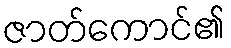
ဇာတ်ကောင်၏